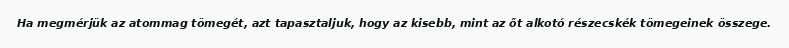
Ha megmérjük az atommag tömegét, azt tapasztaljuk, hogy az kisebb, mint az őt alkotó részecskék tömegeinek összege.